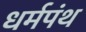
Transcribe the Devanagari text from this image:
धर्मपंथ